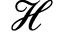
\mathcal { H }